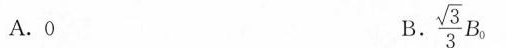
A.0 B.$$\frac{\sqrt{3}}{3}B_{0}$$